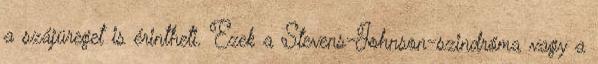
a szájüreget is érintheti. Ezek a Stevens-Johnson-szindróma vagy a